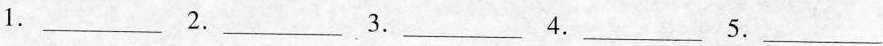
1.___ 2.___ 3.___ 4.___ 5.___